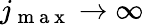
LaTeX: j_{\mathrm{~m~a~x~}}\to\infty